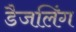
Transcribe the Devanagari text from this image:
डैजलिंग